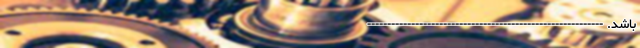
باشد. -----------------------------------------------------------